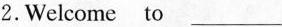
2.Welcome to_________